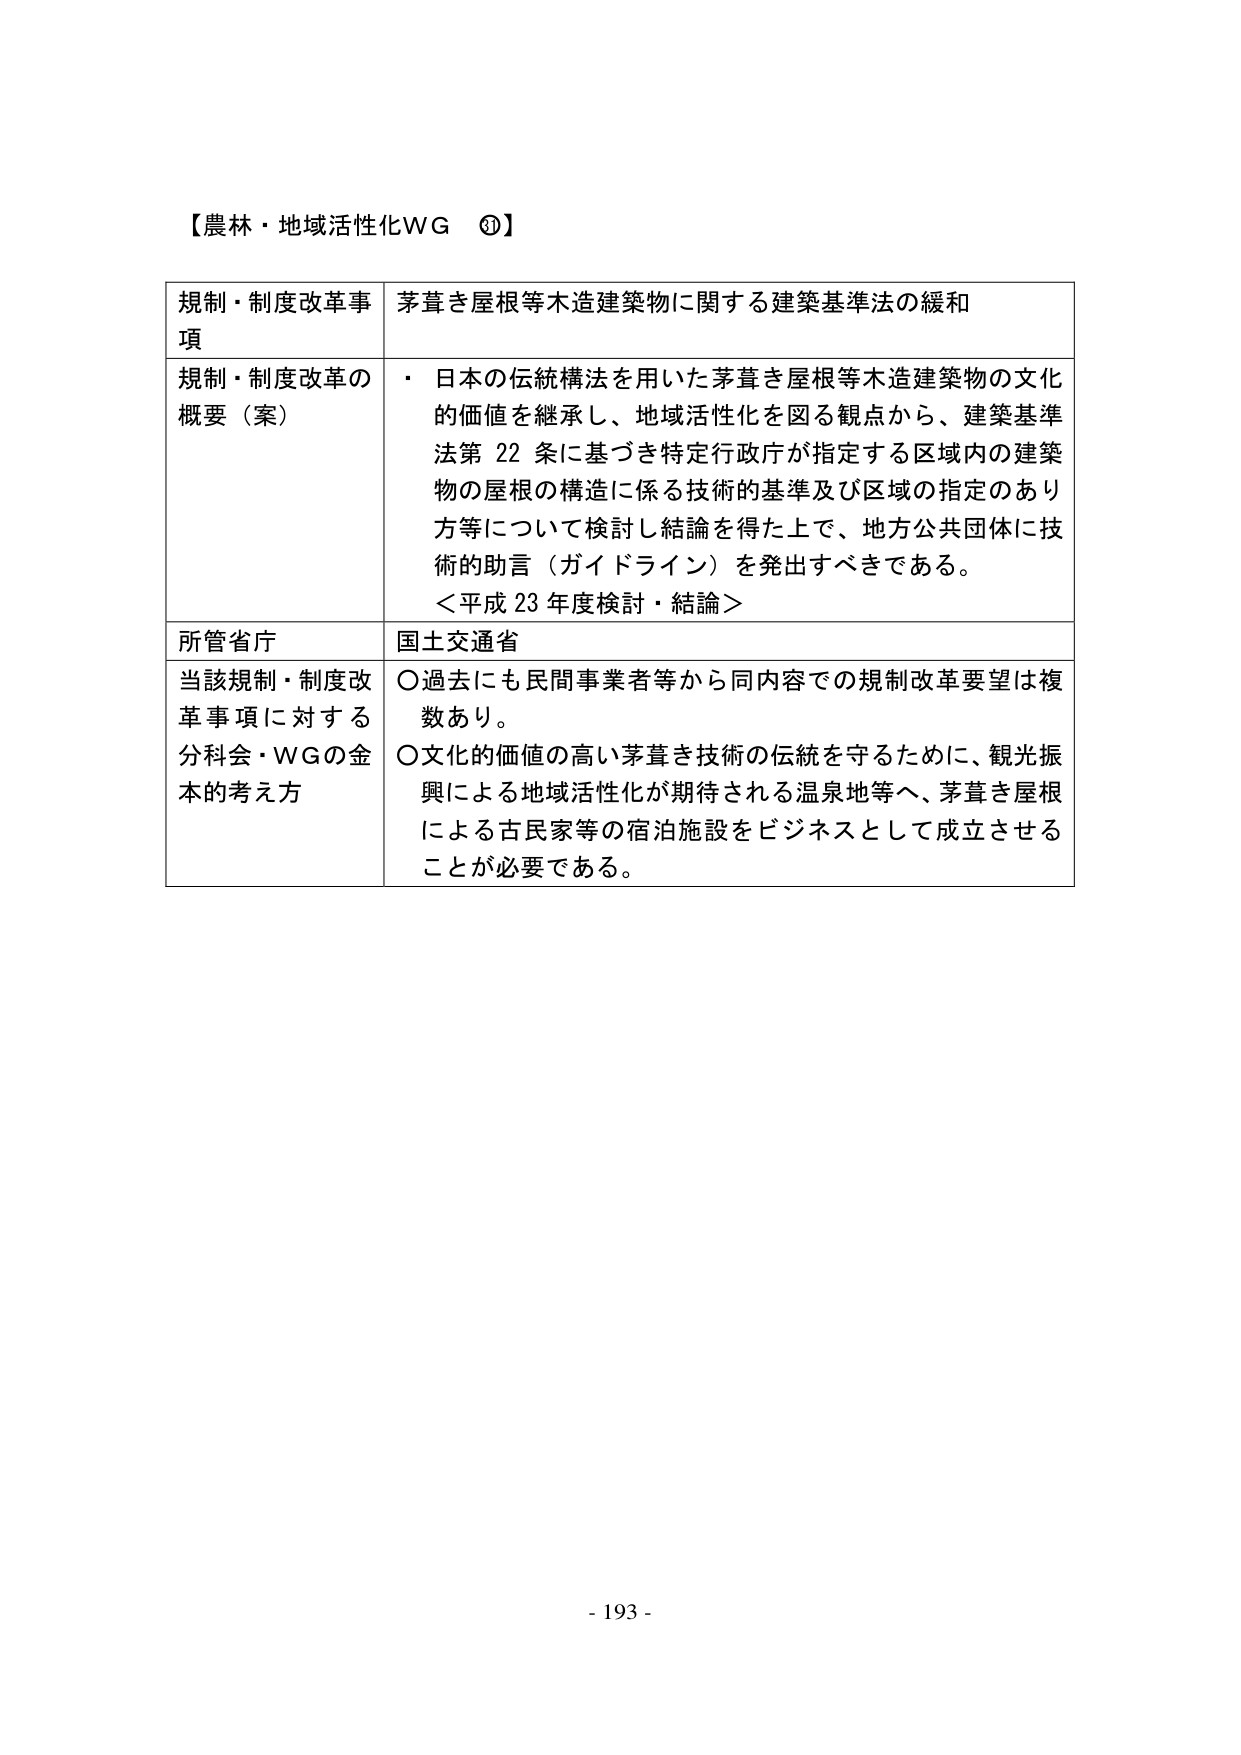
【農林・地域活性化WG ①】

規制・制度改革事項　茅葺き屋根等木造建築物に関する建築基準法の緩和

規制・制度改革の概要（案）　・日本の伝統構法を用いた茅葺き屋根等木造建築物の文化的価値を継承し、地域活性化を図る観点から、建築基準法第22条に基づき特定行政庁が指定する区域内の建築物の屋根の構造に係る技術的基準及び区域の指定のあり方等について検討し結論を得た上で、地方公共団体に技術的助言（ガイドライン）を発出すべきである。
＜平成23年度検討・結論＞

所管省庁　国土交通省

当該規制・制度改革事項に対する分科会・WGの基本的考え方　○過去にも民間事業者等から同内容での規制改革要望は複数あり。
○文化的価値の高い茅葺き技術の伝統を守るために、観光振興による地域活性化が期待される温泉地等へ、茅葺き屋根による古民家等の宿泊施設をビジネスとして成立させることが必要である。

- 193 -